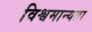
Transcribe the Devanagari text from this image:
विश्वमान्यता